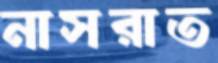
নাসরাত